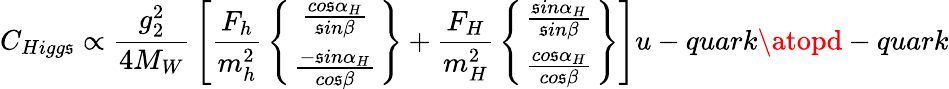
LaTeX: C_{Higg\mathfrak{s}}\propto{\frac{{g_{2}^{2}}}{{4M_{W}}}}\left[{\frac{{F_{h}}}{{m_{h}^{2}}}}\left\{ {\frac{{co\mathfrak{s}\alpha_{H}}}{{\mathfrak{s}in\beta}}}\atop{\frac{{-\mathfrak{s}in\alpha_{H}}}{{co\mathfrak{s}\beta}}}\right\} +{\frac{{F_{H}}}{{m_{H}^{2}}}}\left\{ {\frac{{\mathfrak{s}in\alpha_{H}}}{{\mathfrak{s}in\beta}}}\atop{\frac{{co\mathfrak{s}\alpha_{H}}}{{co\mathfrak{s}\beta}}}\right\} \right]{u-quark\atopd-quark}